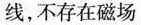
线，不存在磁场